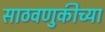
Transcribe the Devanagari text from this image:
साठवणुकीच्या